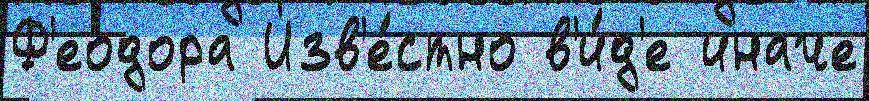
Ф'еодора Изв'е́стно в'и́д'е иначе